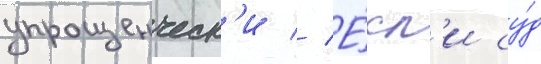
упрощенческ'и // Е́сл'и су́д